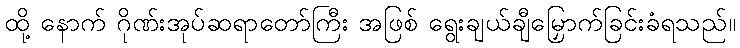
ထို့ နောက် ဂိုဏ်းအုပ်ဆရာတော်ကြီး အဖြစ် ရွေးချယ်ချီမြှောက်ခြင်းခံရသည်။